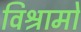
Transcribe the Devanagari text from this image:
विश्रामो